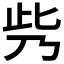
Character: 𠂱